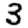
Digit: 3